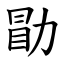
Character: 勖